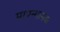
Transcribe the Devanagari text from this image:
मापन्मानक